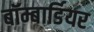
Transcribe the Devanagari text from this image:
बॉम्बार्डियर